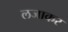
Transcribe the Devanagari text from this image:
लजाकर